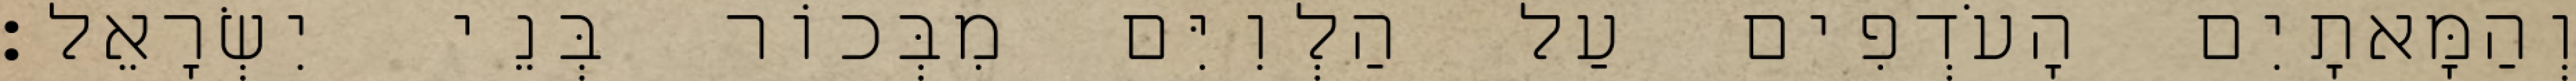
וְהַמָּאתָיִם הָעֹדְפִים עַל הַלְוִיִּם מִבְּכוֹר בְּנֵי יִשְׂרָאֵל׃